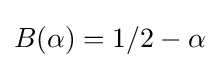
B(\alpha )=1/2-\alpha